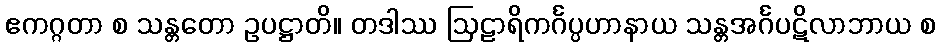
ဧကဂ္ဂတာ စ သန္တတော ဥပဋ္ဌာတိ။ တဒါဿ ဩဠာရိကင်္ဂပ္ပဟာနာယ သန္တအင်္ဂပဋိလာဘာယ စ